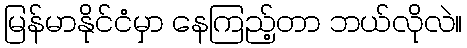
မြန်မာနိုင်ငံမှာ နေကြည့်တာ ဘယ်လိုလဲ။